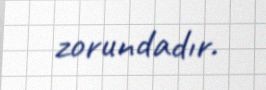
zorundadır.